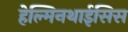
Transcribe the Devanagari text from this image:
हेल्मिनथाईसिस